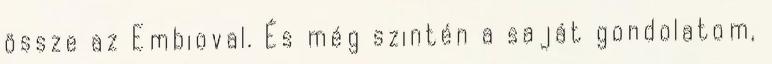
össze az Embioval. És még szintén a saját gondolatom,